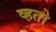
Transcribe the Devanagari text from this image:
व्हतो